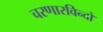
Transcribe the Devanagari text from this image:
चरणारविन्दों